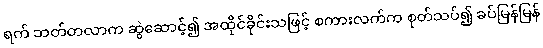
ရက် ဘတ်တလာက ဆွဲဆောင့်၍ အထိုင်ခိုင်းသဖြင့် စကားလက်က စုတ်သပ်၍ ခပ်မြန်မြန်